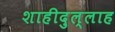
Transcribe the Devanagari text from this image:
शाहीदुल्लाह